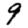
Digit: 9